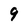
Character: 9